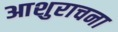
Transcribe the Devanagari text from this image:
आशुराचना